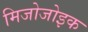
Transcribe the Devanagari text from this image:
मिजोजोइक